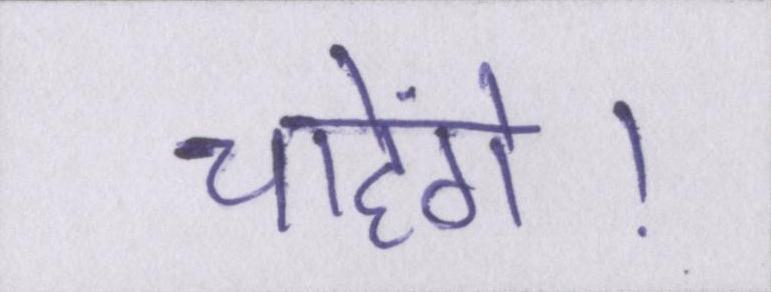
चाहेंगे।